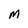
Character: M